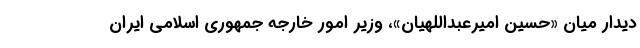
دیدار میان «حسین امیرعبداللهیان»، وزیر امور خارجه جمهوری اسلامی ایران